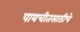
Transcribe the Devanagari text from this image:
पायचीतसाठीचे